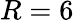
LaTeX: R=6